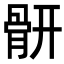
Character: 𩩄